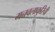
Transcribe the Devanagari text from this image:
मनवलाकुरिची